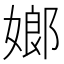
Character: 嫏